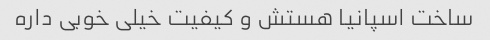
ساخت اسپانیا هستش و کیفیت خیلی خوبی داره